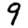
Digit: 9